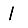
Digit: 1